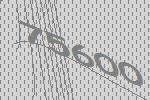
75600